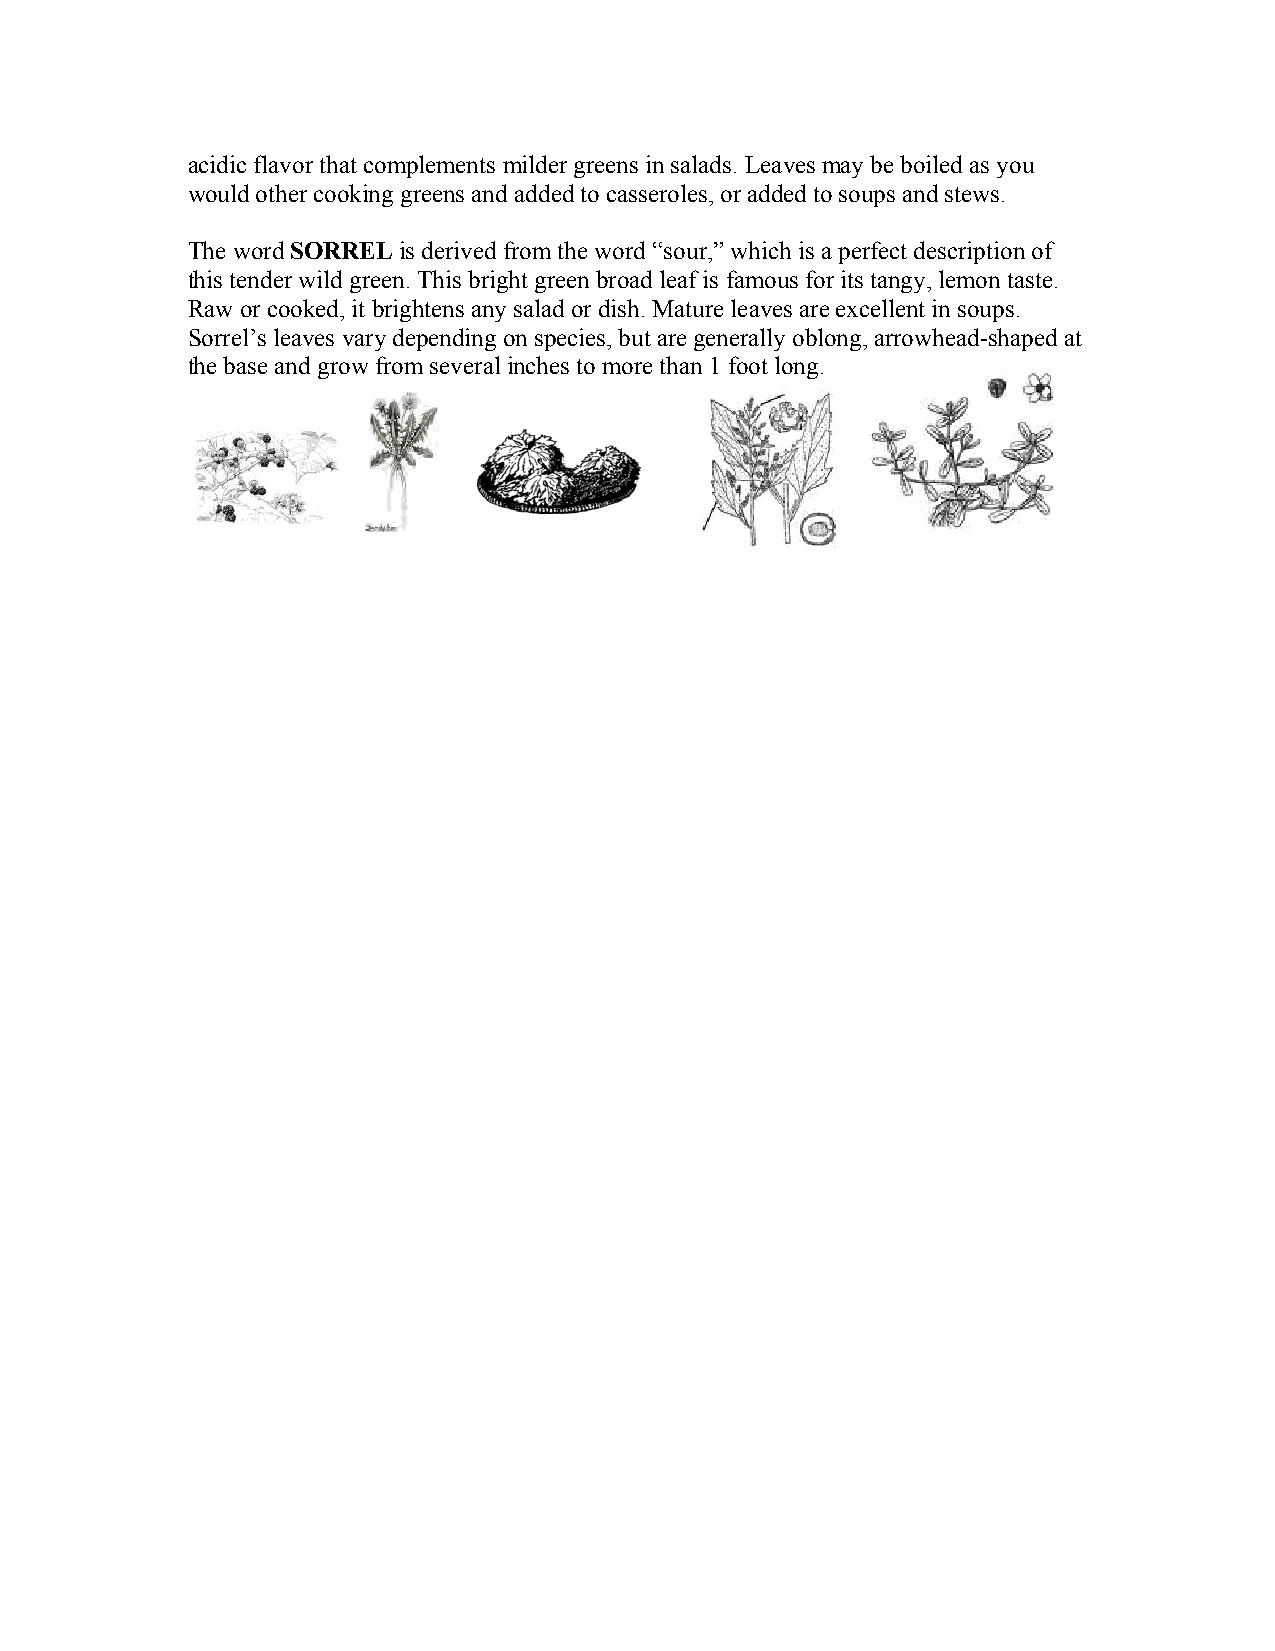
acidic flavor that complements milder greens in salads. Leaves may be boiled as you
 would other cooking greens and added to casseroles, or added to soups and stews.
 The word SORREL is derived from the word “sour,” which is a perfect description of
 this tender wild green. This bright green broad leaf is famous for its tangy, lemon taste.
 Raw or cooked, it brightens any salad or dish. Mature leaves are excellent in soups.
 Sorrel’s leaves vary depending on species, but are generally oblong, arrowhead-shaped at
 the base and grow from several inches to more than 1 foot long.